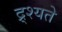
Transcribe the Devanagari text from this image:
द्र्श्यते